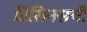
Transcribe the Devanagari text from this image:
टिसिनसची